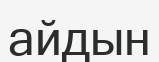
айдын